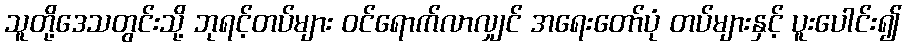
သူတို့ဒေသတွင်းသို့ ဘုရင့်တပ်များ ဝင်ရောက်လာလျှင် အရေးတော်ပုံ တပ်များနှင့် ပူးပေါင်း၍